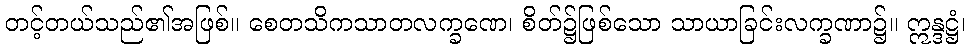
တင့်တယ်သည်၏အဖြစ်။ စေတသိကသာတလက္ခဏေ၊ စိတ်၌ဖြစ်သော သာယာခြင်းလက္ခဏာ၌။ ဣန္ဒဋ္ဌံ၊